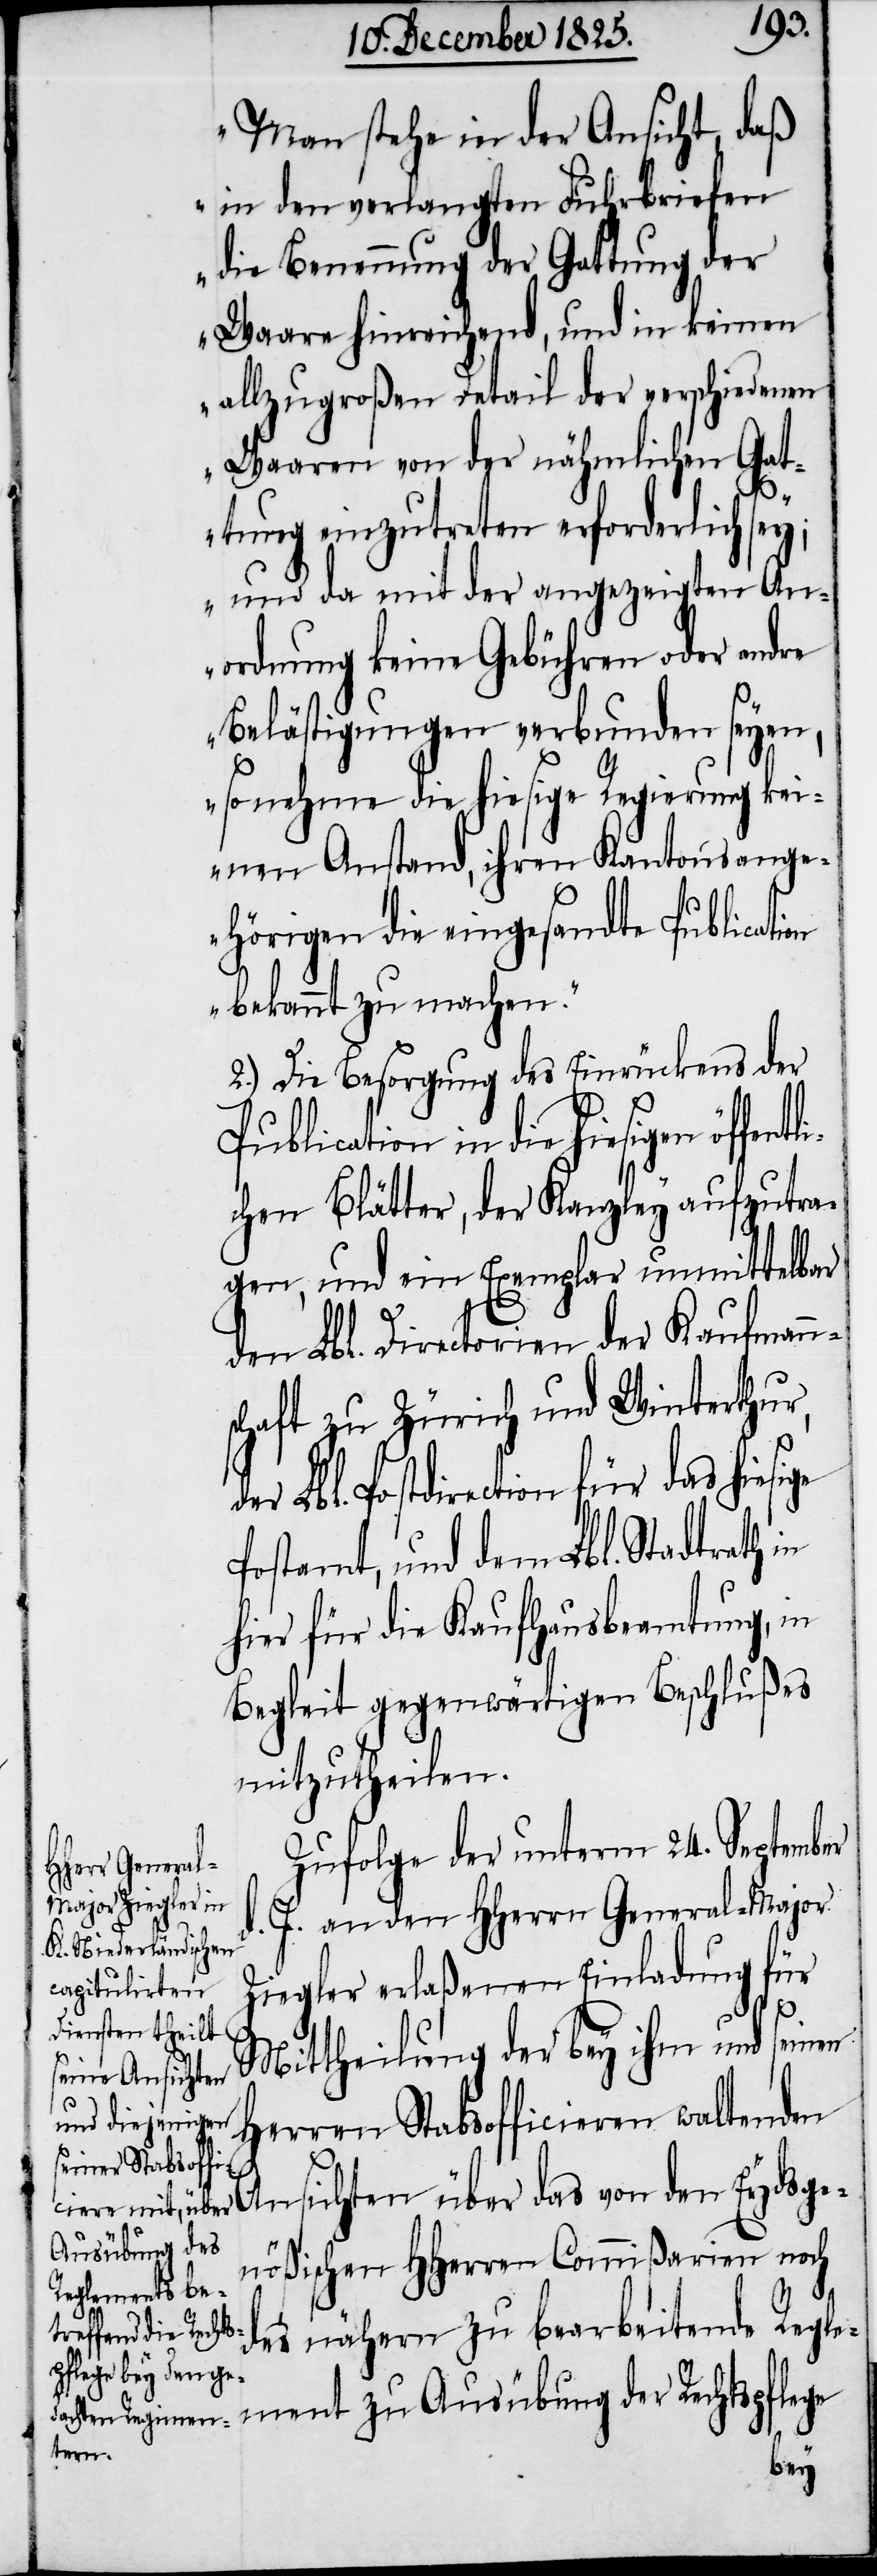
„Man stehe in der Ansicht, daß
in den verlangten Fuhrbriefen
die Benennung der Gattung der
Waare hinreichend, und in keinen
allzugroßen Detail der verschiedenen
Waaren von der nähmlichen Gat¬
tung einzutreten erforderlich se¬
y; und da mit der angezeigten An¬
ordnung keine Gebühren oder andre
Belästigungen verbunden seyen,
so nehme die hiesige Regierung kei¬
nen Anstand, ihren Kantonsange¬
hörigen die eingesandte Publication
bekannt zu machen.“
2.) Die Besorgung des Einrückens der
Publication in die hiesigen öffent¬
chen Blätter, der Kanzley aufzutra¬
gen, und ein Exemplar unmittelbar
den Lbl. Directorien der Kaufmann¬
schaft zu Zürich und Winterthur,
er Lbl. Postdirection für das hiesige
Postamt, und dem Lbl. Stadtrath in
hier für die Kaufhausbeamtung, in
Begleit gegenwärtigen Beschlußes
mitzutheilen
Zufolge der unterm 24. September
d. J. an den HHerrn General-Major
Ziegler erlaßenen Einladung für
Mittheilung der bey ihm und seinen
Herren Stabsofficieren waltenden
Ansichten über das von Eydsge¬
d¬
nößischen HHerren Commißarien noch
des nähern zu bearbeitende Regle¬
ment zu Ausübung der Rechtspflege